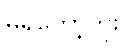
မရှိတော့ဘူး။